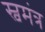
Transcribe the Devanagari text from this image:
स्वमंत्र